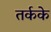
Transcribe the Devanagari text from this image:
तर्कके